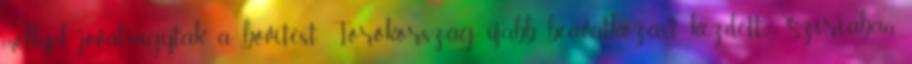
mellyel jóváhagyták a bővítést. Törökország újabb beavatkozást kezdett Szíriában.